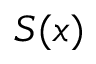
S ( x )